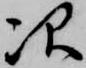
次